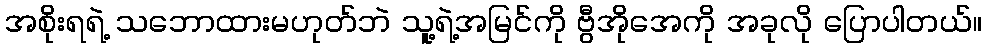
အစိုးရရဲ့ သဘောထားမဟုတ်ဘဲ သူ့ရဲ့အမြင်ကို ဗွီအိုအေကို အခုလို ပြောပါတယ်။